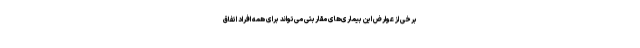
برخی از عوارض این بیماری‌های مقاربتی می‌تواند برای همه افراد اتفاق